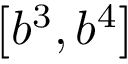
\left[ b ^ { 3 } , b ^ { 4 } \right]